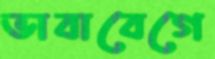
ভাবাবেগে